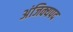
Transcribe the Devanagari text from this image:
अंजिक्यपद